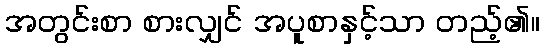
အတွင်းစာ စားလျှင် အပူစာနှင့်သာ တည့်၏။